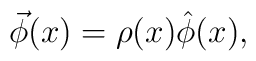
\vec{\phi}(x)=\rho(x)\hat{\phi}(x),